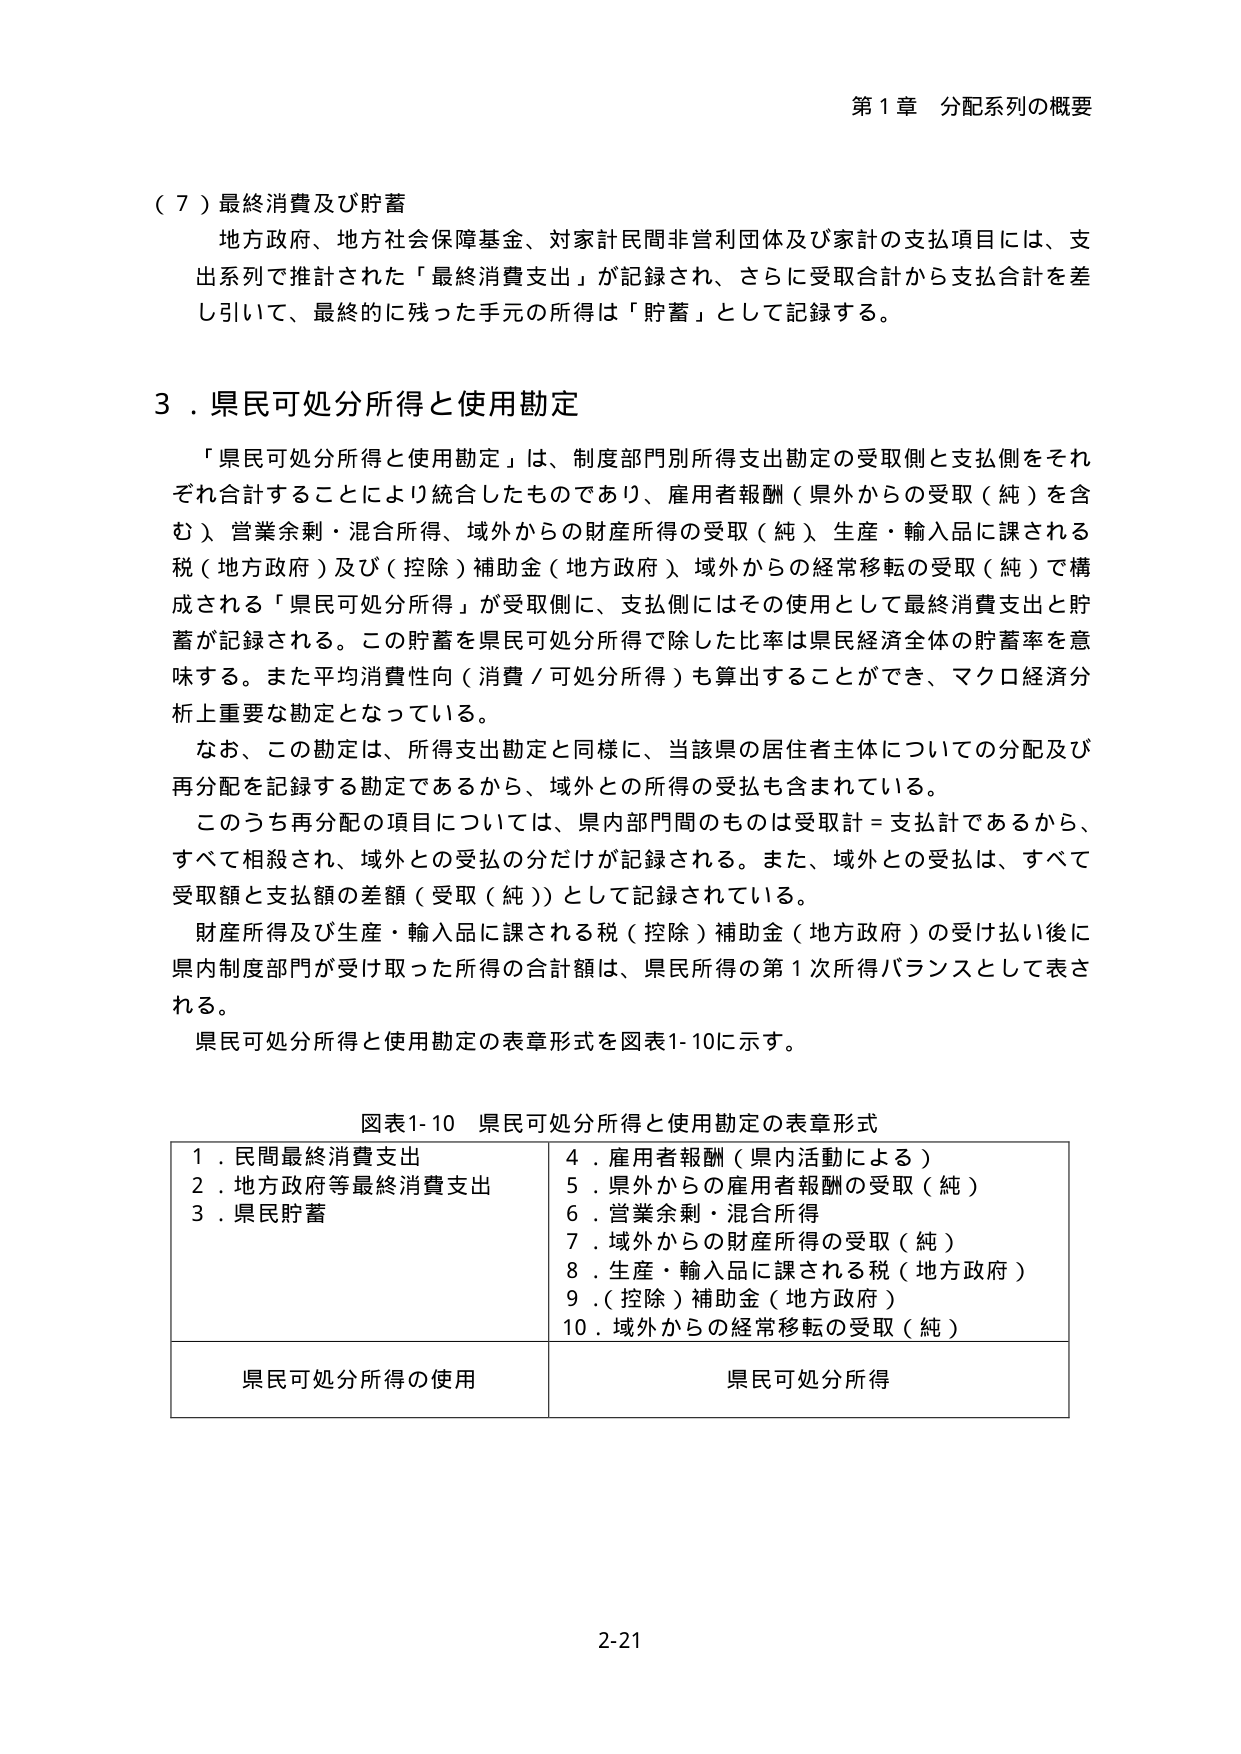
第１章 分配系列の概要

（７）最終消費及び貯蓄
地方政府、地方社会保障基金、対家計民間非営利団体及び家計の支払項目には、支出系列で推計された「最終消費支出」が記録され、さらに受取合計から支払合計を差し引いて、最終的に残った手元の所得は「貯蓄」として記録する。

３．県民可処分所得と使用勘定
「県民可処分所得と使用勘定」は、制度部門別所得支出勘定の受取側と支払側をそれぞれ合計することにより統合したものであり、雇用者報酬（県外からの受取（純）を含む）、営業余剰・混合所得、域外からの財産所得の受取（純）、生産・輸入品に課される税（地方政府）及び（控除）補助金（地方政府）、域外からの経常移転の受取（純）で構成される「県民可処分所得」が受取側に、支払側にはその使用として最終消費支出と貯蓄が記録される。この貯蓄を県民可処分所得で除した比率は県民経済全体の貯蓄率を意味する。また平均消費性向（消費／可処分所得）も算出することができ、マクロ経済分析上重要な勘定となっている。
なお、この勘定は、所得支出勘定と同様に、当該県の居住者主体についての分配及び再分配を記録する勘定であるから、域外との所得の受払も含まれている。
このうち再分配の項目については、県内部門間のものは受取計＝支払計であるから、すべて相殺され、域外との受払の分だけが記録される。また、域外との受払は、すべて受取額と支払額の差額（受取（純））として記録されている。
財産所得及び生産・輸入品に課される税（控除）補助金（地方政府）の受け払い後に県内制度部門が受け取った所得の合計額は、県民所得の第１次所得バランスとして表される。
県民可処分所得と使用勘定の表章形式を図表1-10に示す。

図表1-10 県民可処分所得と使用勘定の表章形式
1．民間最終消費支出　　　　　　　　4．雇用者報酬（県内活動による）
2．地方政府等最終消費支出　　　　　5．県外からの雇用者報酬の受取（純）
3．県民貯蓄　　　　　　　　　　　　6．営業余剰・混合所得
　　　　　　　　　　　　　　　　　　7．域外からの財産所得の受取（純）
　　　　　　　　　　　　　　　　　　8．生産・輸入品に課される税（地方政府）
　　　　　　　　　　　　　　　　　　9．（控除）補助金（地方政府）
　　　　　　　　　　　　　　　　　　10．域外からの経常移転の受取（純）
県民可処分所得の使用　　　　　　　　県民可処分所得

2-21